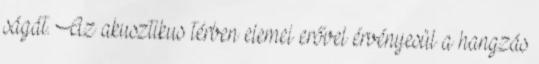
ságát. Az akusztikus térben elemei erővel érvényesül a hangzás